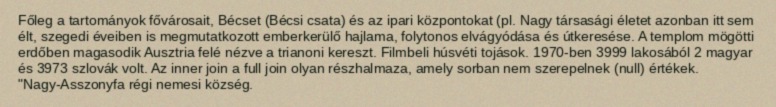
Főleg a tartományok fővárosait, Bécset (Bécsi csata) és az ipari központokat (pl. Nagy társasági életet azonban itt sem élt, szegedi éveiben is megmutatkozott emberkerülő hajlama, folytonos elvágyódása és útkeresése. A templom mögötti erdőben magasodik Ausztria felé nézve a trianoni kereszt. Filmbeli húsvéti tojások. 1970-ben 3999 lakosából 2 magyar és 3973 szlovák volt. Az inner join a full join olyan részhalmaza, amely sorban nem szerepelnek (null) értékek. "Nagy-Asszonyfa régi nemesi község.